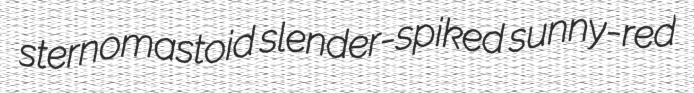
sternomastoid slender-spiked sunny-red